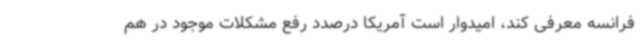
فرانسه معرفی کند، امیدوار است آمریکا درصدد رفع مشکلات موجود در هم